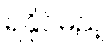
ရနိုင်မည့်